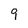
Character: 9